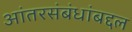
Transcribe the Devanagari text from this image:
आंतरसंबंधांबद्दल